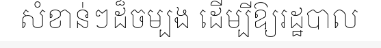
សំខាន់ៗដ៏ចម្បង ដើម្បីឱ្យរដ្ឋបាល